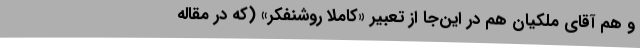
و هم آقای ملکیان هم در این‌جا از تعبیر «کاملاً روشنفکر» (که در مقاله‌